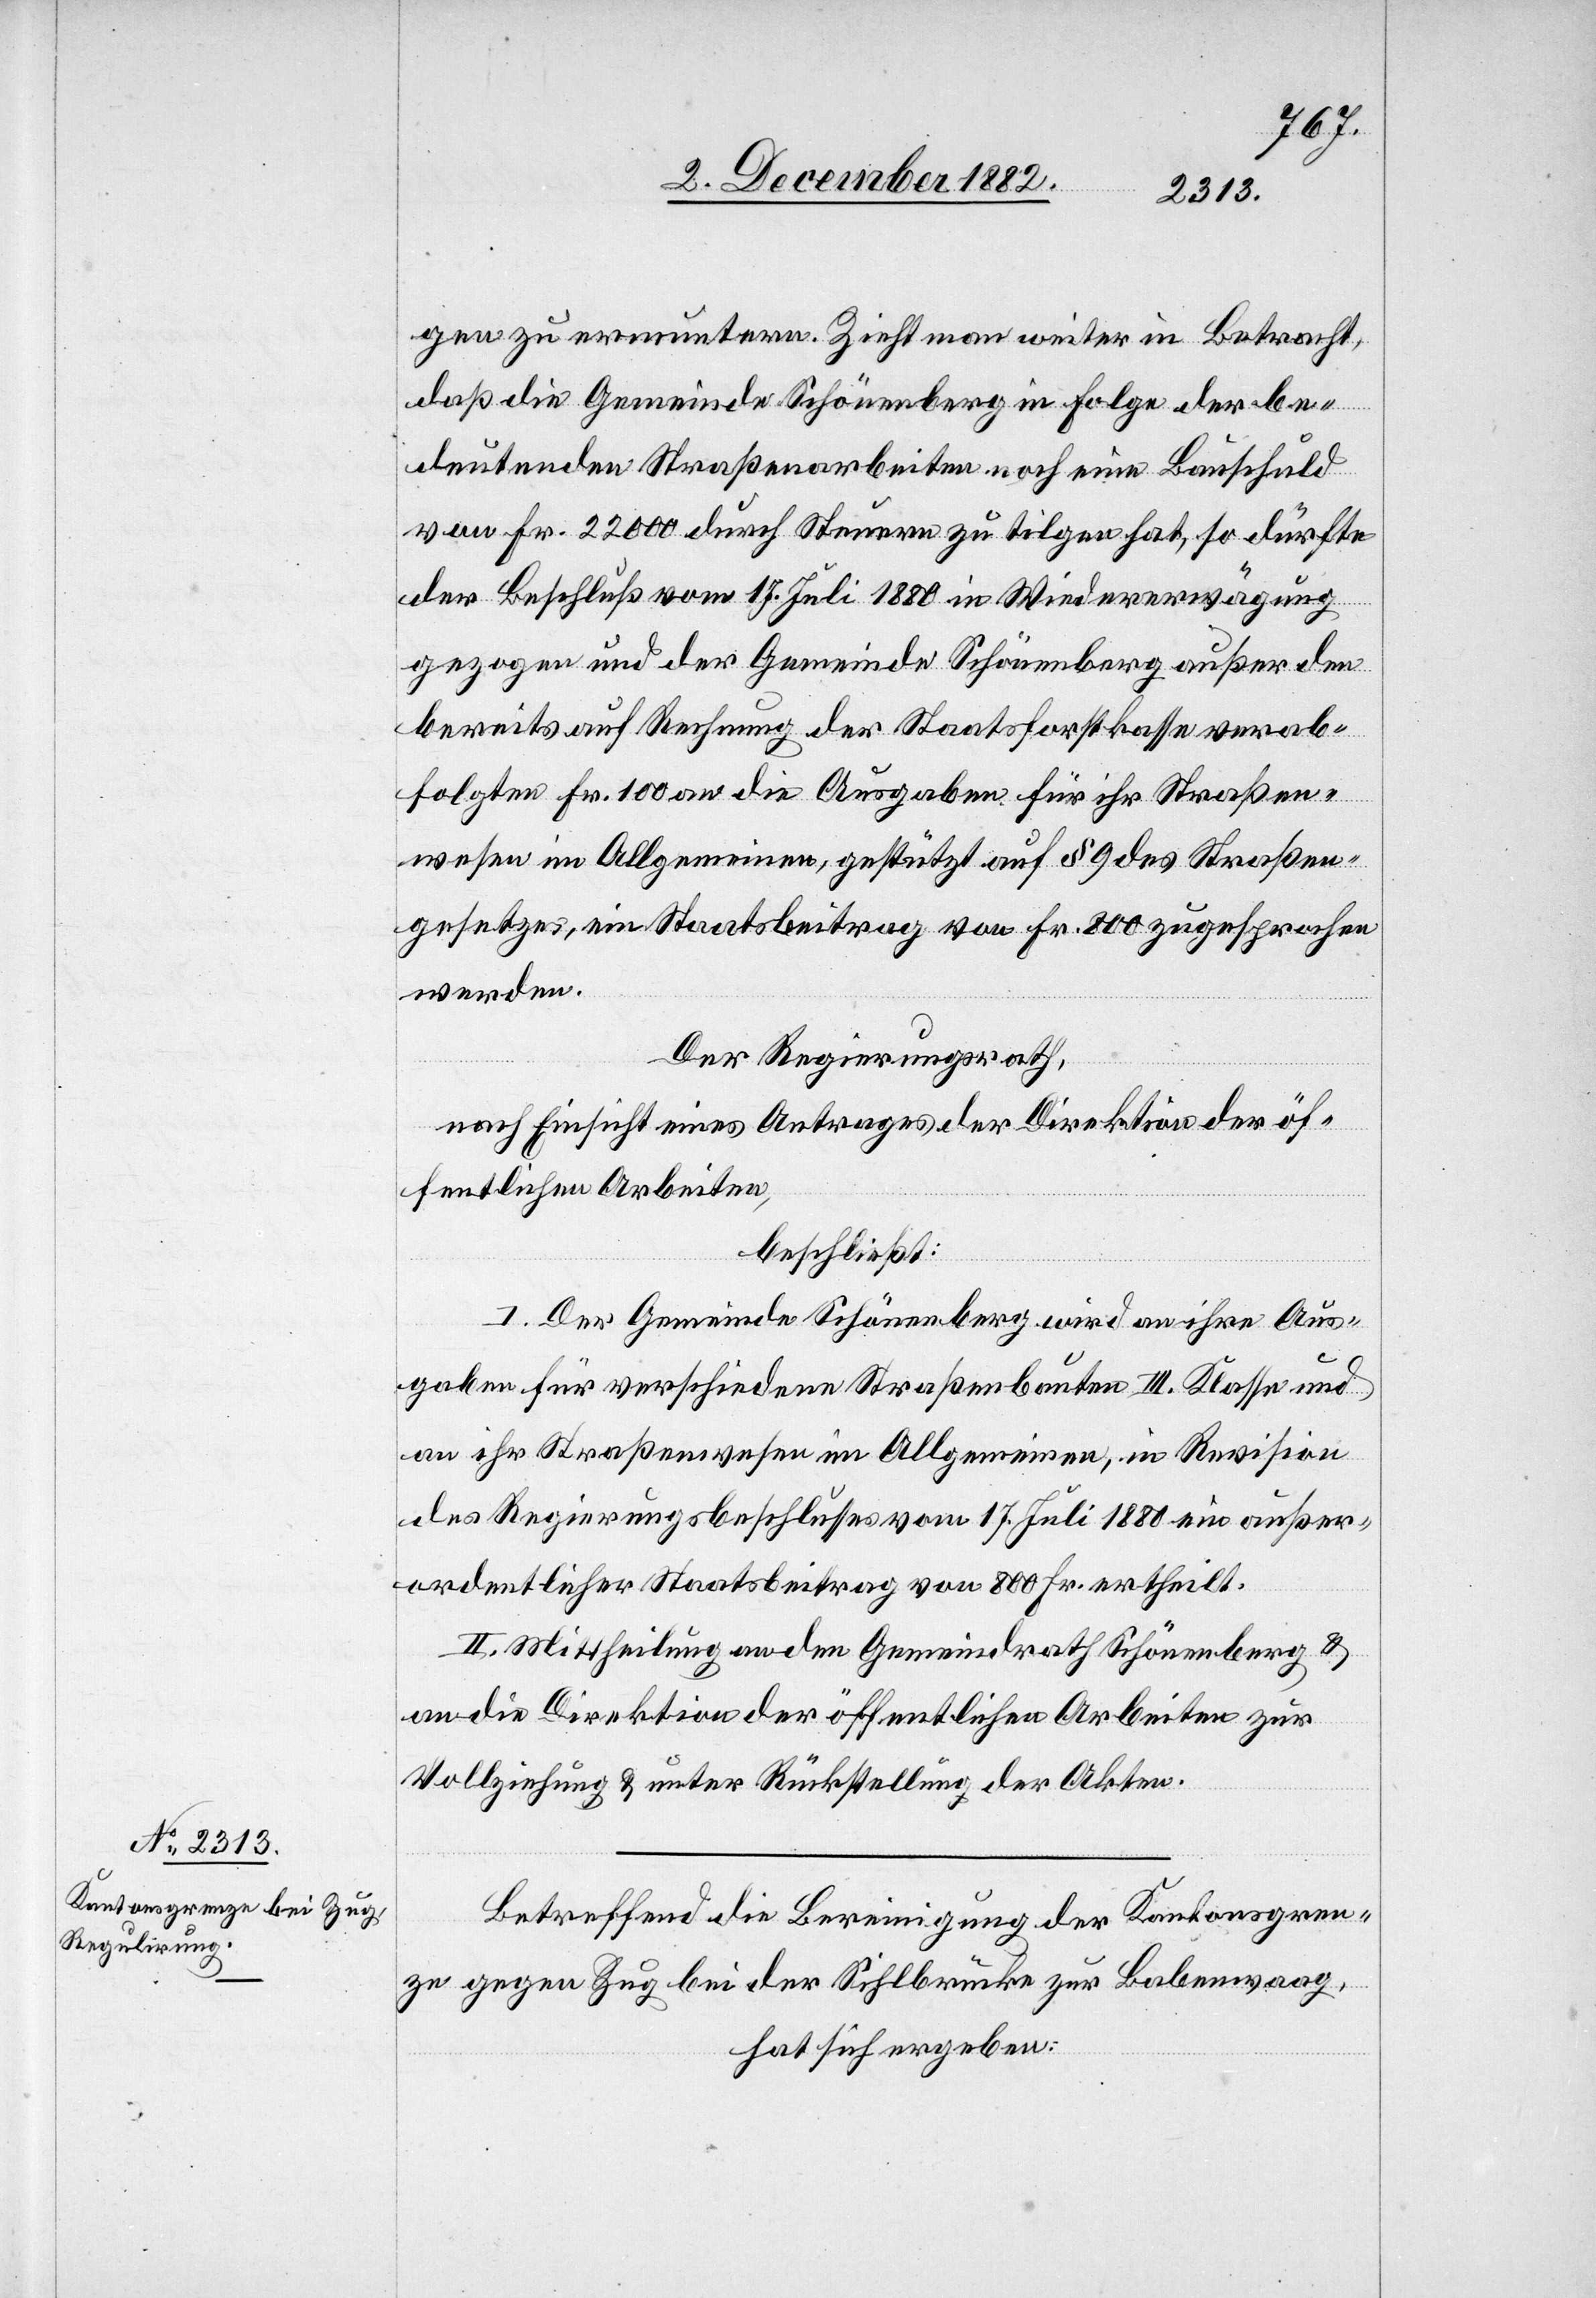
gen zu ermuntern. Zieht man weiter in Betracht,
daß die Gemeinde Schönenberg in Folge der be¬
deutenden Straßenarbeiten noch eine Bauschuld
von Fr. 22 000 durch Steuern zu tilgen hat, so dürfte
der Beschluß vom 17. Juli 1880 in Wiedererwägung
gezogen und der Gemeinde Schönenberg außer den
bereits auf Rechnung der Staatsforstkasse verab¬
folgten Fr. 100 an die Ausgaben für ihr Straßen¬
wesen im Allgemeinen, gestützt auf § 9 des Straßen¬
gesetzes, ein Staatsbeitrag von Fr. 800 zugesprochen
werden.
Der Regierungsrath,
nach Einsicht eines Antrages der Direktion der öf¬
fentlichen Arbeiten,
beschließt:
I. Der Gemeinde Schönenberg wird an ihre Aus¬
gaben für verschiedene Straßenbauten III. Klasse und
an ihr Straßenwesen im Allgemeinen, in Revision
des Regierungsbeschlusses vom 17. Juli 1880 ein außer¬
ordentlicher Staatsbeitrag von 800 Fr. ertheilt.
II. Mittheilung an den Gemeindrath Schönenberg &
an die Direktion der öffentlichen Arbeiten zur
Vollziehung & unter Rückstellung der Akten.
Betreffend die Bereinigung der Kantonsgren¬
ze gegen Zug bei der Sihlbrücke zur Babenwaag,
hat sich ergeben: